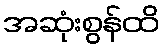
အဆုံးစွန်ထိ